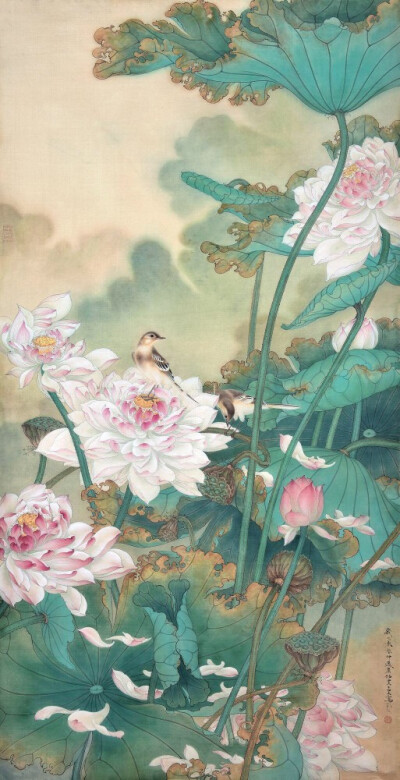
翻空白鸟时时见，照水红蕖细细香。